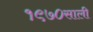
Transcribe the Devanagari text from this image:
१९७०साली